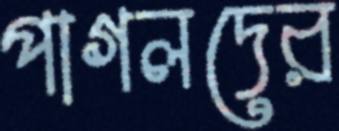
পাগলদের